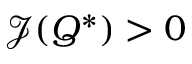
\mathcal { J } ( Q ^ { \ast } ) > 0